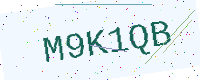
Text: M9K1QB